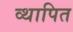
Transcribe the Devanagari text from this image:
व्थापित